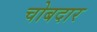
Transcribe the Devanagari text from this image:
चोबदार